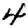
Digit: 4